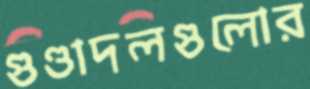
গুণ্ডাদলগুলোর